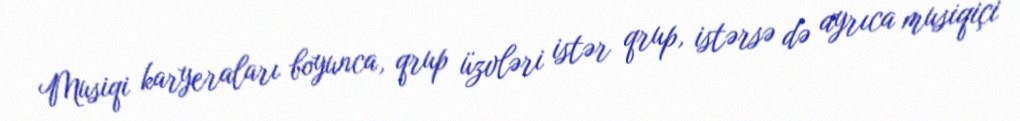
Musiqi karyeraları boyunca, qrup üzvləri istər qrup, istərsə də ayrıca musiqiçi